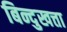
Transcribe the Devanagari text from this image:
बिन्दुखत्ता